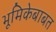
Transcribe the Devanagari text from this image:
भूमिकेबाबत